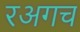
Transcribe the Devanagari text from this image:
रअगच